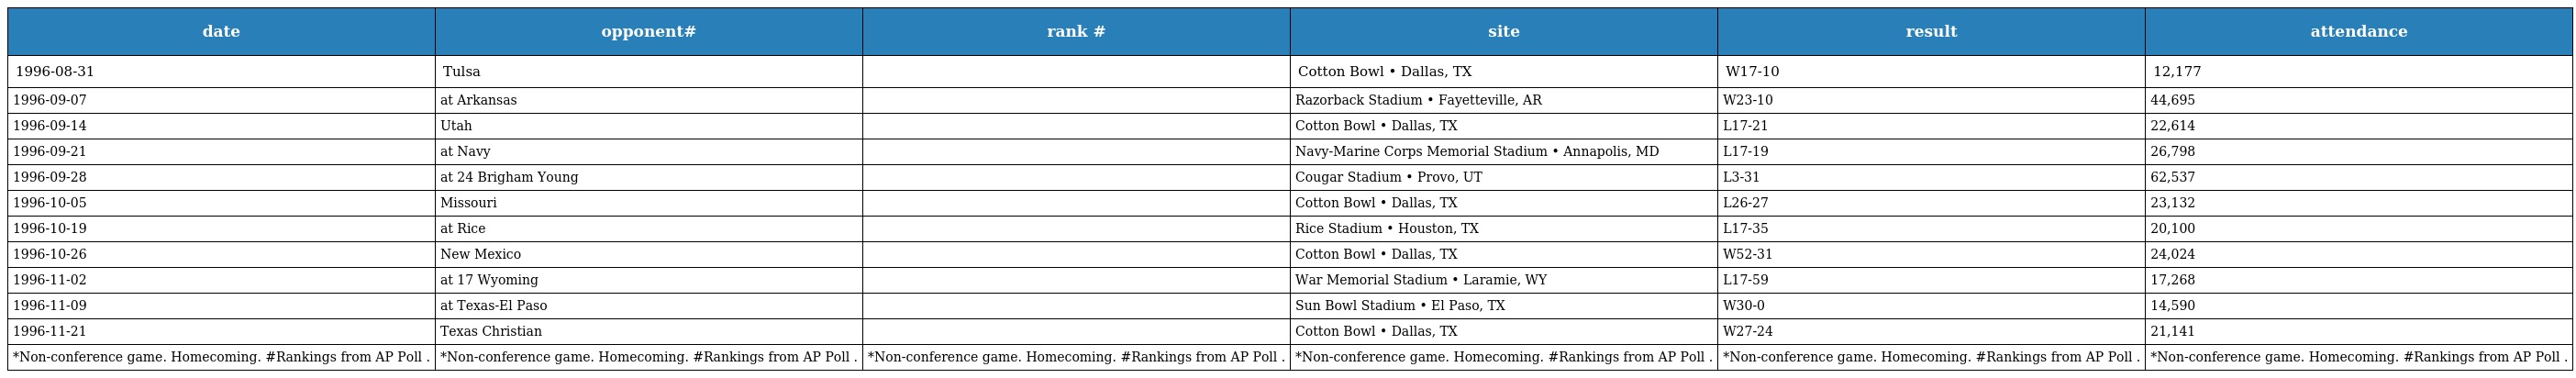
| date | opponent# | rank # | site | result | attendance |
 | --- | --- | --- | --- | --- | --- |
 | 1996-08-31 | Tulsa |  | Cotton Bowl • Dallas, TX | W17-10 | 12,177 |
 | 1996-09-07 | at Arkansas |  | Razorback Stadium • Fayetteville, AR | W23-10 | 44,695 |
 | 1996-09-14 | Utah |  | Cotton Bowl • Dallas, TX | L17-21 | 22,614 |
 | 1996-09-21 | at Navy |  | Navy-Marine Corps Memorial Stadium • Annapolis, MD | L17-19 | 26,798 |
 | 1996-09-28 | at 24 Brigham Young |  | Cougar Stadium • Provo, UT | L3-31 | 62,537 |
 | 1996-10-05 | Missouri |  | Cotton Bowl • Dallas, TX | L26-27 | 23,132 |
 | 1996-10-19 | at Rice |  | Rice Stadium • Houston, TX | L17-35 | 20,100 |
 | 1996-10-26 | New Mexico |  | Cotton Bowl • Dallas, TX | W52-31 | 24,024 |
 | 1996-11-02 | at 17 Wyoming |  | War Memorial Stadium • Laramie, WY | L17-59 | 17,268 |
 | 1996-11-09 | at Texas-El Paso |  | Sun Bowl Stadium • El Paso, TX | W30-0 | 14,590 |
 | 1996-11-21 | Texas Christian |  | Cotton Bowl • Dallas, TX | W27-24 | 21,141 |
 | *Non-conference game. Homecoming. #Rankings from AP Poll . | *Non-conference game. Homecoming. #Rankings from AP Poll . | *Non-conference game. Homecoming. #Rankings from AP Poll . | *Non-conference game. Homecoming. #Rankings from AP Poll . | *Non-conference game. Homecoming. #Rankings from AP Poll . | *Non-conference game. Homecoming. #Rankings from AP Poll . |